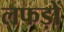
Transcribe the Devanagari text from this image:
लफड़ों